Note on the mental hospitals in Burma - 1925-1940
Year: 1925
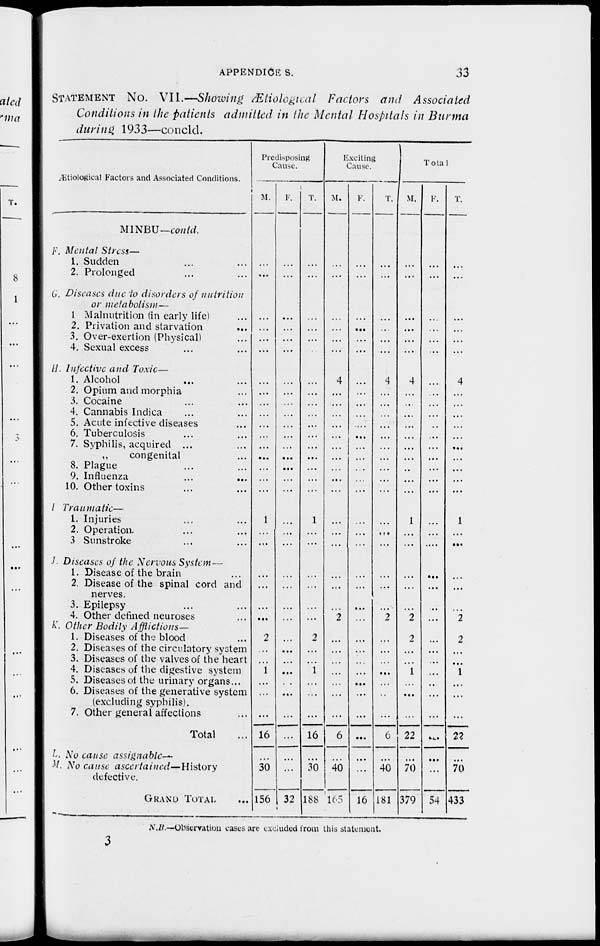
APPENDICES.
33
STATEMENT No. VII.—Showing Ætiological Factors and Associated
Conditions in the patients admitted in the Mental Hospitals in Burma
during 1933—concld.
Ætiological Factors and Associated Conditions.
M1NBU—conld.
F. Mental Stress—
1. Sudden ... ...
2. Prolonged ... ...
G. Diseases due to disorders of nutrition
or metabolism—
1 Malnutrition (in early life) ...
2. Privation and starvation ...
3. Over-exertion (Physical) ...
4. Sexual excess ... ...
H. Infective and Toxic—
1. Alcohol ... ...
2. Opium and morphia ...
3. Cocaine ... ...
4. Cannabis Indica ... ...
5. Acute infective diseases ...
6. Tuberculosis ... ...
7. Syphilis, acquired ... ...
„
congenital ...
8. Plague ... ...
9. Influenza ... ...
10. Other toxins ... ...
I. Traumatic—
1. Injuries ... ...
2. Operation ... ...
3 Sunstroke ... ...
J. Diseases of the Nervous System —
1. Disease of the brain ...
2. Disease of the spinal cord and
nerves.
3. Epilepsy ... ...
4. Other defined neuroses ...
K. Other Bodily Afflictions—
1. Diseases of the blood ...
2. Diseases of the circulatory system
3. Diseases of the valves of the heart
4. Diseases of the digestive system
5. Diseases of the urinary organs...
6. Diseases of the generative system
(excluding syphilis).
7. Other general affections ...
Total ...
L. No cause assignable—
M. No cause
ascertained—History
defective.
GRAND TOTAL ...
Predisposing
Cause.
M.
...
...
...
...
...
...
...
...
...
...
...
...
...
...
...
...
...
1
...
...
...
...
...
...
2
...
...
1
...
...
...
16
...
30
156
F.
...
...
...
...
...
...
...
...
...
...
...
...
...
...
...
...
...
...
...
...
...
...
...
...
...
...
...
...
...
...
...
...
...
32
T.
...
...
...
...
...
...
...
...
...
...
...
...
...
...
...
...
...
1
...
...
...
...
...
...
2
...
...
1
...
...
...
16
...
30
188
Exciting
Cause.
M.
...
...
...
...
...
...
4
...
...
...
...
...
...
...
...
...
...
...
...
...
...
...
...
2
...
...
...
...
...
...
...
6
...
40
165
F.
...
...
...
...
...
...
...
...
...
...
...
...
...
...
...
...
...
...
...
...
...
...
...
...
...
...
...
...
...
...
...
...
...
...
16
T.
...
...
...
...
...
...
4
...
...
...
...
...
...
...
...
...
...
...
...
...
...
...
...
2
...
...
...
...
...
...
...
6
...
40
181
Total.
M.
...
...
...
...
...
...
4
...
...
...
...
...
...
...
..
...
...
1
...
...
...
...
...
2
2
...
...
1
...
...
...
22
...
70
379
F.
...
...
...
...
...
...
...
...
...
...
...
...
...
...
...
...
...
...
...
....
...
...
...
...
...
.. .
...
...
..
...
...
...
...
...
54
T.
...
...
...
...
...
...
4
...
...
...
...
...
...
...
...
...
...
1
...
...
...
...
...
2
2
...
...
1
...
...
...
22
...
70
433
N.B.—Observation cases are excluded from this statement.
3